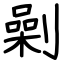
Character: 劋